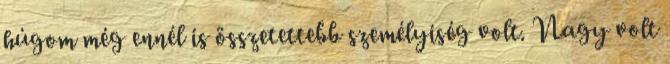
húgom még ennél is összetettebb személyiség volt. Nagy volt